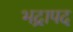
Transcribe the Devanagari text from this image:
भद्रापद